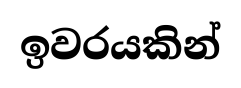
ඉවරයකින්